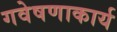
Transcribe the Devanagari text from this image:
गवेषणाकार्य